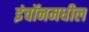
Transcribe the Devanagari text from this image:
इंचॉनमधील